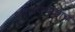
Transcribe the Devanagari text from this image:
लोखंडयांचाच